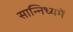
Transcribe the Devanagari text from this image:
सान्निध्‍यमें